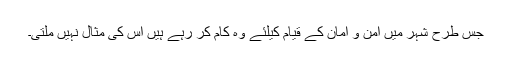
جس طرح شہر میں امن و امان کے قیام کیلئے وہ کام کر رہے ہیں اس کی مثال نہیں ملتی۔